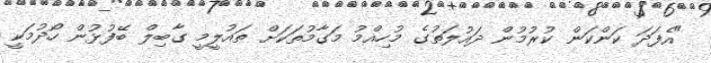
"އެފަދަ ކަންކަން ކުރުމުން ދައުލަތުގެ މުހިއްމު މަގާމުތަކަށް ތައުލީމީ ގާބިލް ބޭފުޅުން ހޯދުމަކީ